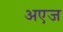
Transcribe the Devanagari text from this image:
अएज